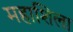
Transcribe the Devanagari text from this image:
महाशिला